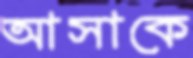
আসাকে